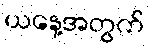
ယနေ့အတွက်